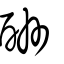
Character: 酬